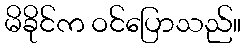
မိခိုင်က ဝင်ပြောသည်။